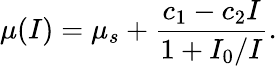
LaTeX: \mu(I)=\mu_{s}+\frac{c_{1}-c_{2}I}{1+I_{0}/I}.